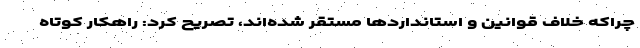
چراکه خلاف قوانین و استانداردها مستقر شده‌اند، تصریح کرد: راهکار کوتاه